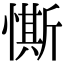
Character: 𢠹